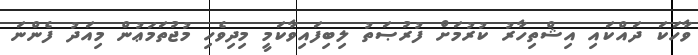
ވާހަކަ ދައްކައި އިޝްތިހާރު ކުރުމަށް ފުރުޞަތު ލިބިފައިވާކަމީ މިދިވެހި މުޖުތަމަޢުން މިއަދު ފެންނަ